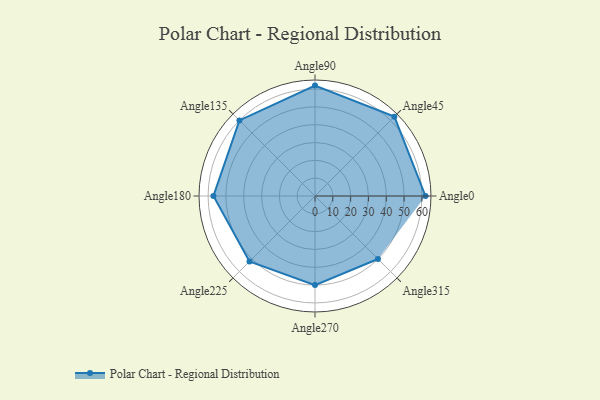
{"axis": {"x": "Angle", "y": "Radius"}, "legend": [""], "data": [{"x": "Angle0", "y": 62.0, "type": ""}, {"x": "Angle45", "y": 63.0, "type": ""}, {"x": "Angle90", "y": 62.0, "type": ""}, {"x": "Angle135", "y": 60.0, "type": ""}, {"x": "Angle180", "y": 57.0, "type": ""}, {"x": "Angle225", "y": 52.0, "type": ""}, {"x": "Angle270", "y": 50, "type": ""}, {"x": "Angle315", "y": 50, "type": ""}]}